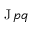
\operatorname { J } p q